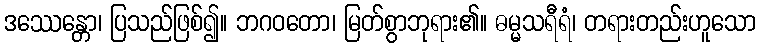
ဒဿေန္တော၊ ပြသည်ဖြစ်၍။ ဘဂဝတော၊ မြတ်စွာဘုရား၏။ ဓမ္မသရီရံ၊ တရားတည်းဟူသော